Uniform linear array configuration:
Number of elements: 16
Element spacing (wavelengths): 1
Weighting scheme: uniform
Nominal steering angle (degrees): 60
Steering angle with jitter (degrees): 61.858
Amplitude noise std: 0.05
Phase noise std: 0.05

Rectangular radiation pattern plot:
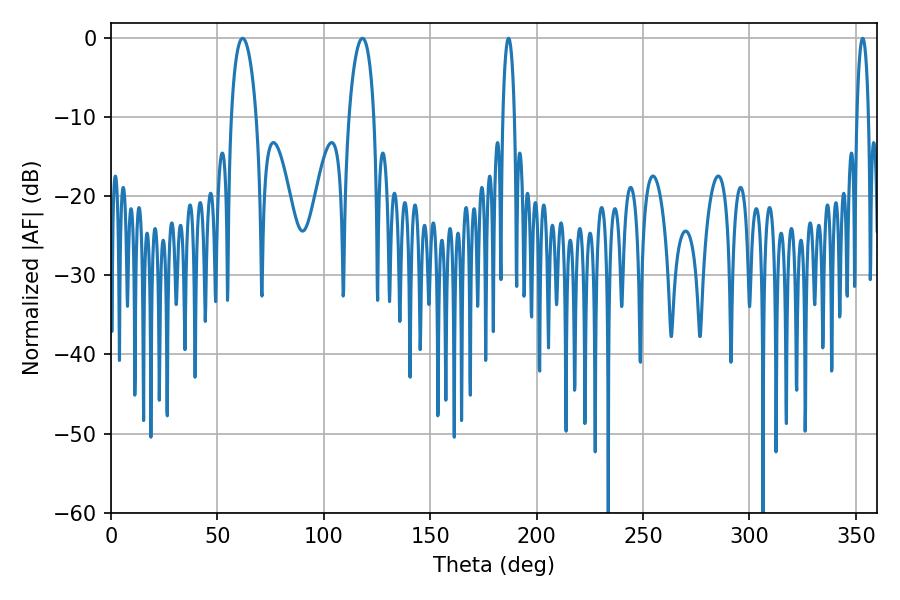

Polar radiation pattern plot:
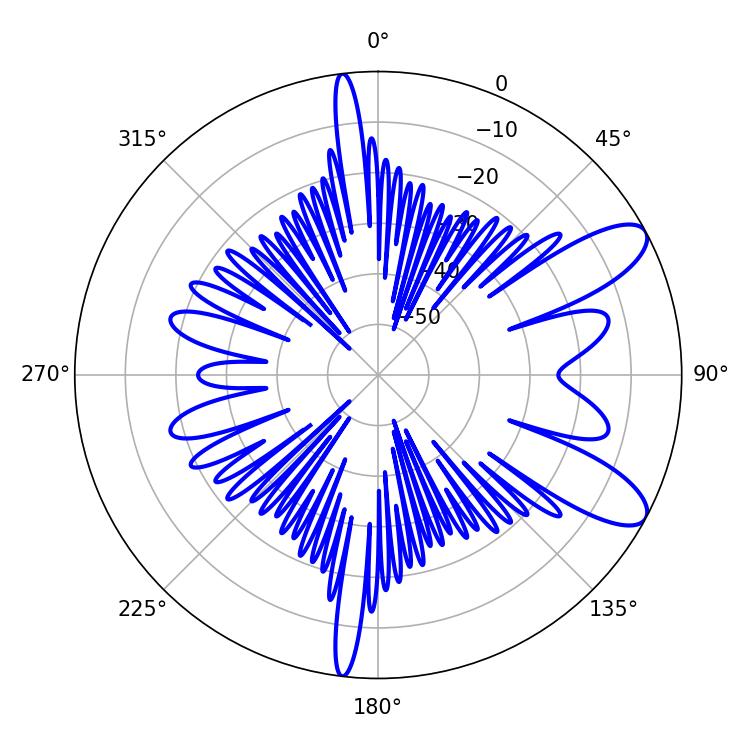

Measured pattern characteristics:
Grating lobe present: TRUE
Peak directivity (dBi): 9.72
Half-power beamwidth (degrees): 6.66
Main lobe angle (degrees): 61.92